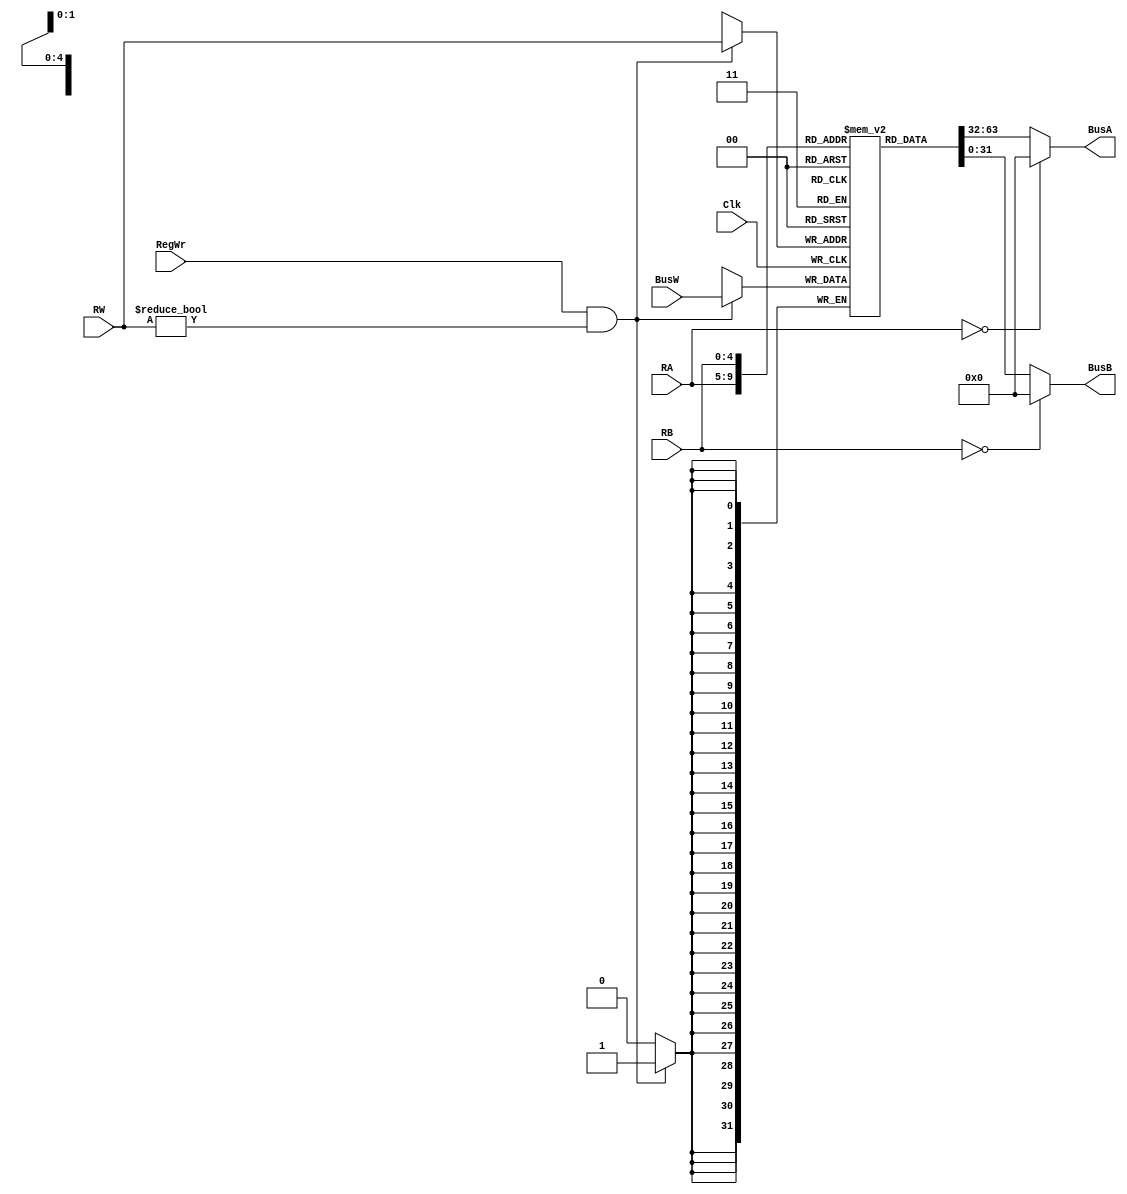
`timescale 1ns / 1ps


// Code your design here
module RegisterFile(BusA, BusB, BusW, RA, RB, RW, RegWr, Clk);
  output [31:0] BusA, BusB;
  input [31:0] BusW;
  input [4:0] RA, RB, RW;
  input RegWr;
  input Clk;

  reg [31:0] registers [31:0];

  assign  BusA = (RA==0) ? 32'd0:registers[RA];
  assign  BusB = (RB==0) ? 32'd0:registers[RB];
  

  always @ (posedge Clk)    //register file modified to latch data on positive edge of clock
  begin
  
    if(RegWr && RW!=5'd0) begin
      
        registers[RW] = BusW;
 end 
  end
endmodule